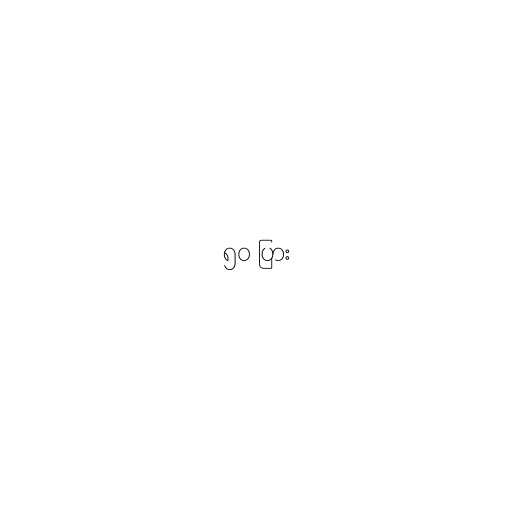
၅၀ ပြား